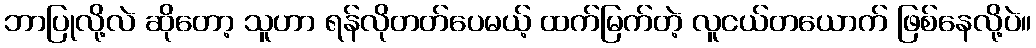
ဘာပြုလို့လဲ ဆိုတော့ သူဟာ ရန်လိုတတ်ပေမယ့် ထက်မြက်တဲ့ လူငယ်တယောက် ဖြစ်နေလို့ပဲ။